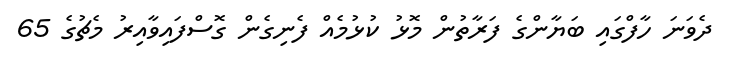
ދެވަނަ ހާފްގައި ބަޔާންގެ ފަރާތުން މޮޅު ކުޅުމެއް ފެނިގެން ގޮސްފައިވާއިރު މެޗުގެ 65